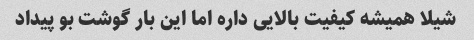
شیلا همیشه کیفیت بالایی داره اما این بار گوشت بو پیداد